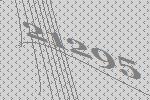
21295